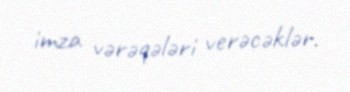
imza vərəqələri verəcəklər.